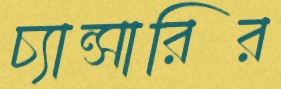
চ্যান্সারির